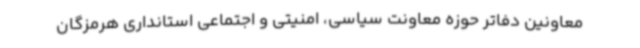
معاونین دفاتر حوزه معاونت سیاسی، امنیتی و اجتماعی استانداری هرمزگان